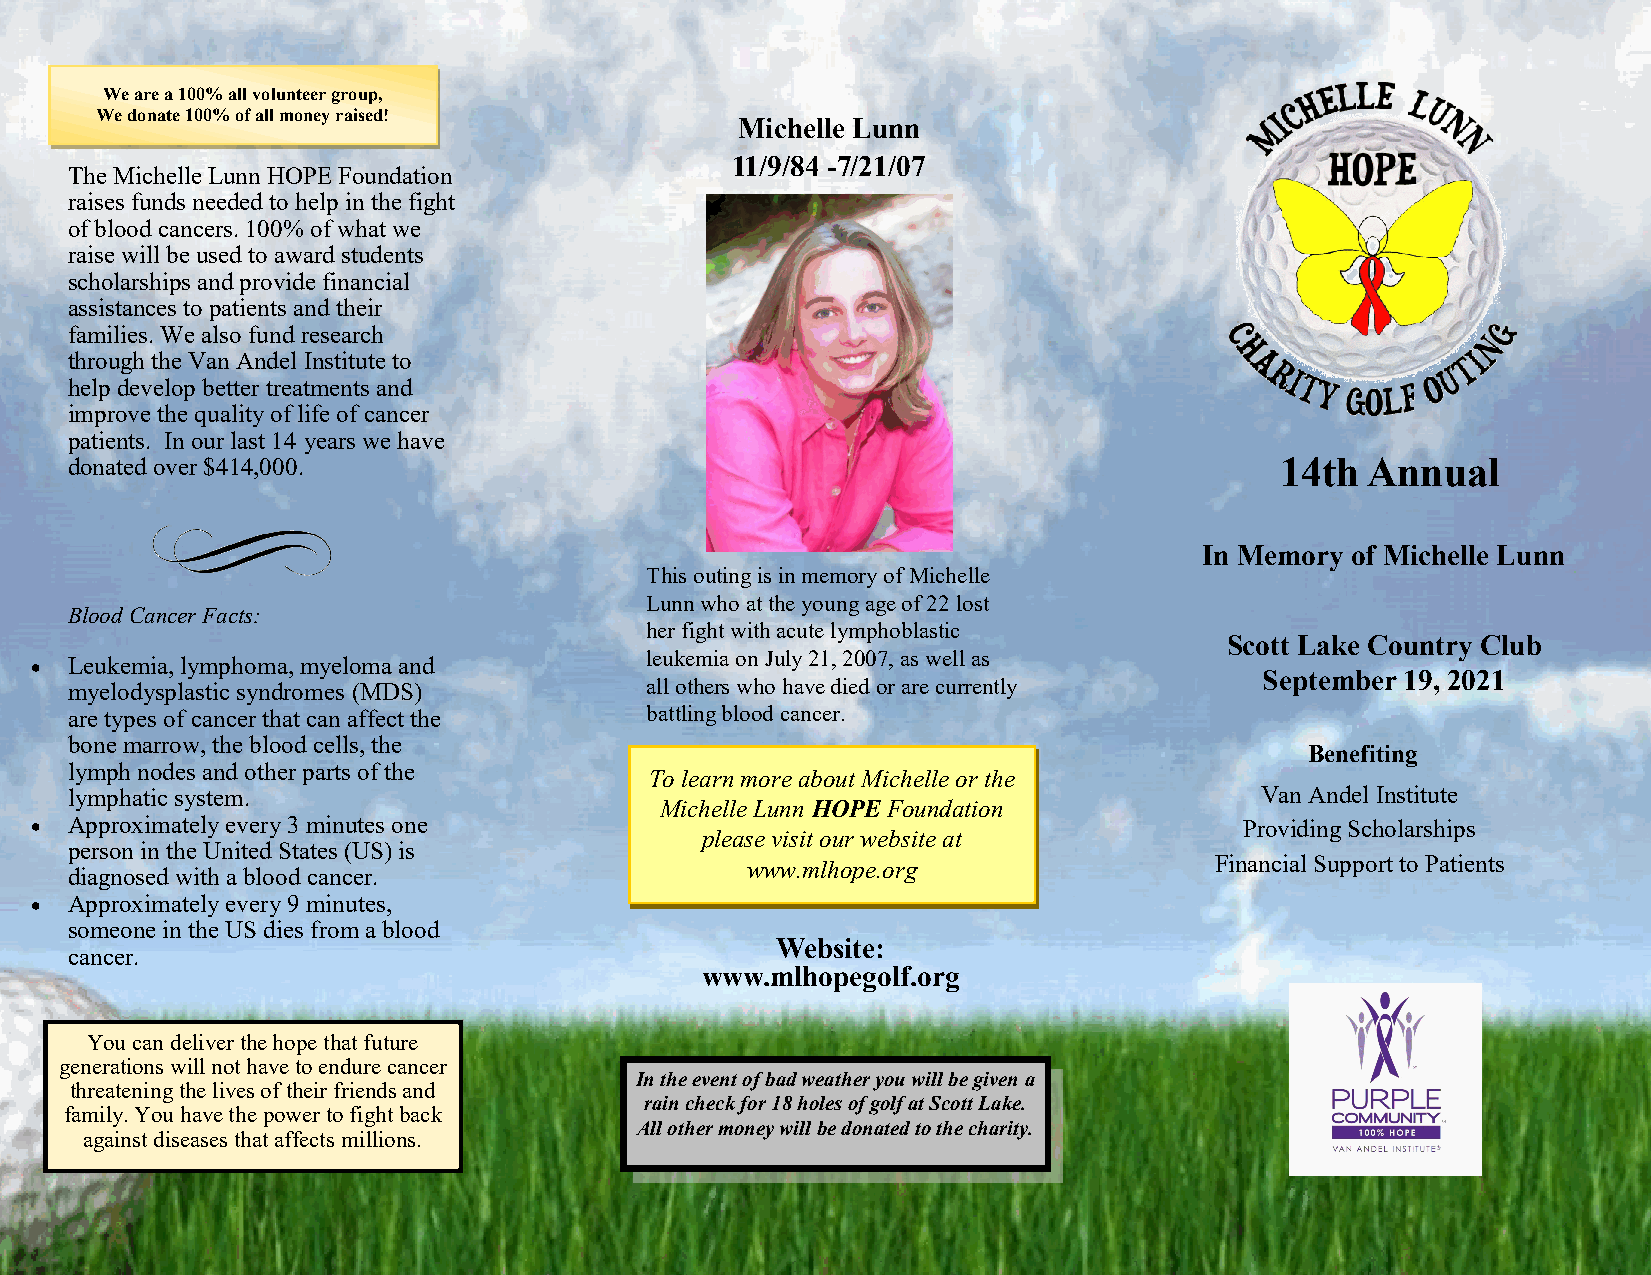
We are a 100% all volunteer group,
 We donate 100% of all money raised!
 Michelle Lunn
 11/9/84 -7/21/07
 The Michelle Lunn HOPE Foundation
 raises funds needed to help in the fight
 of blood cancers. 100% of what we
 raise will be used to award students
 scholarships and provide financial
 assistances to patients and their
 families. We also fund research
 through the Van Andel Institute to
 help develop better treatments and
 improve the quality of life of cancer
 patients. In our last 14 years we have
 donated over $414,000.                                                          14th Annual
 In Memory of Michelle Lunn
 This outing is in memory of Michelle
 Lunn who at the young age of 22 lost
 Blood Cancer Facts:
 her fight with acute lymphoblastic
 Scott Lake Country Club
 •  Leukemia, lymphoma, myeloma and       leukemia on July 21, 2007, as well as
 September 19, 2021
 myelodysplastic syndromes (MDS)       all others who have died or are currently
 are types of cancer that can affect the battling blood cancer.
 bone marrow, the blood cells, the
 Benefiting
 lymph nodes and other parts of the
 To learn more about Michelle or the
 lymphatic system.                                                             Van Andel Institute
 Michelle Lunn HOPE Foundation
 •  Approximately every 3 minutes one                                            Providing Scholarships
 please visit our website at
 person in the United States (US) is
 www.mlhope.org                 Financial Support to Patients
 diagnosed with a blood cancer.
 •  Approximately every 9 minutes,
 someone in the US dies from a blood
 Website:
 cancer.
 www.mlhopegolf.org
 You can deliver the hope that future
 generations will not have to endure cancer
 In the event of bad weather you will be given a
 threatening the lives of their friends and
 rain check for 18 holes of golf at Scott Lake.
 family. You have the power to fight back
 All other money will be donated to the charity.
 against diseases that affects millions.